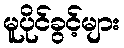
မူပိုင်ခွင့်များ